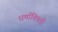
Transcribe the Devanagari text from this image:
धर्माविषयी